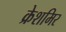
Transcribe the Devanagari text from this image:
क्रेशमिर